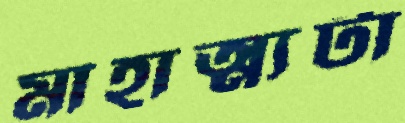
মাহাত্ম্যটা